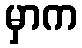
မှာက